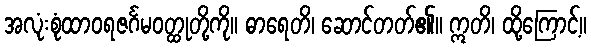
အလုံးစုံထာဝရဇင်္ဂမဝတ္ထုတို့ကို။ ဓာရေတိ၊ ဆောင်တတ်၏။ ဣတိ၊ ထို့ကြောင့်။